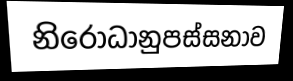
නිරෝධානුපස්සනාව